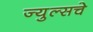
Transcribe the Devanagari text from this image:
ज्युल्सचे